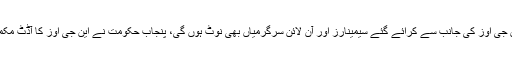
ذرائع محکمہ داخلہ کا مزید کہنا تھا کہ این جی اوز کی جانب سے کرائے گئے سیمینارز اور آن لائن سرگرمیاں بھی نوٹ ہوں گی، پنجاب حکومت نے این جی اوز کا آڈٹ مکمل کر لیا اور اب فیصلے لیے جا رہے ہیں۔